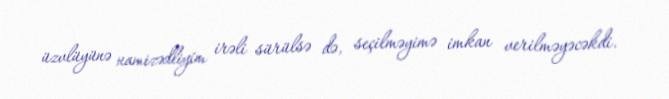
üzvlüyünə namizədliyim irəli sürülsə də, seçilməyimə imkan verilməyəcəkdi.